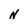
Character: N